Annual administration report of the Civil Veterinary Department of India - 1897-1898
Year: 1897
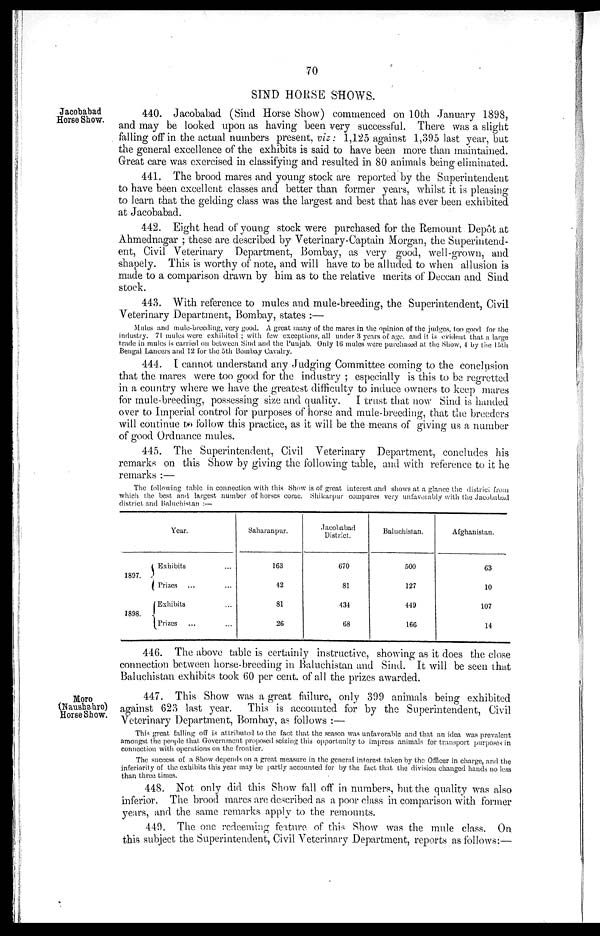
70
SIND HORSE SHOWS.
Jacobabad
Horse Show.
440. Jacobabad (Sind Horse Show) commenced on 10th January 1898,
and may be looked upon as having been very successful. There was a slight
falling off in the actual numbers present, viz: 1,125 against 1,395 last year, but
the general excellence of the exhibits is said to have been more than maintained.
Great care was exercised in classifying and resulted in 80 animals being eliminated.
441. The brood mares and young stock are reported by the Superintendent
to have been excellent classes and better than former years, whilst it is pleasing
to learn that the gelding class was the largest and best that has ever been exhibited
at Jacobabad.
442. Eight head of young stock were purchased for the Remount Depôt at
Ahmednagar; these are described by Veterinary-Captain Morgan, the Superintend-
ent, Civil Veterinary Department, Bombay, as very good, well-grown, and
shapely. This is worthy of note, and will have to be alluded to when allusion is
made to a comparison drawn by him as to the relative merits of Deccan and Sind
stock.
443. With reference to mules and mule-breeding, the Superintendent, Civil
Veterinary Department, Bombay, states:—
Mules and mule-breeding, very good. A great many of the mares in the opinion of the judges, too good for the
industry. 71 mules were exhibited; with few exceptions, all under 3 years of age. and it is evident that a large
trade in mules is carried on between Sind and the Punjab. Only 16 mules were purchased at the Show, 4 by the 15th
Bengal Lancers and 12 for the 5th Bombay Cavalry.
444. I cannot understand any Judging Committee coming to the conclusion
that the mares were too good for the industry ; especially is this to be regretted
in a country where we have the greatest difficulty to induce owners to keep mares
for mule-breeding, possessing size and quality.
I trust that now Sind is handed
over to Imperial control for purposes of horse and mule-breeding, that the breeders
will continue to follow this practice, as it will be the means of giving us a number
of good Ordnance mules.
445. The Superintendent, Civil Veterinary Department, concludes his
remarks on this Show by giving the following table, and with reference to it he
remarks:—
The following table in connection with this Show is of great interest and shows at a glance the district from
which the best and largest number of horses come. Shikarpur compares very unfavorably with the Jacobabad
district and Baluchistan:—
1897.
1898.
Year.
Exhibits ...
Prizes ... ...
Exhibits ...
Prizes ... ...
Saharanpur.
163
42
81
26
Jacobabad
District.
670
81
434
68
Baluchistan.
500
127
449
166
Afghanistan.
63
10
107
14
446. The above table is certainly instructive, showing as it does the close
connection between horse-breeding in Baluchistan and Sind. It will be seen that
Baluchistan exhibits took 60 per cent. of all the prizes awarded.
Moro
(Naushahro)
Horse Show.
447. This Show was a great failure, only 399 animals being exhibited
against 623 last year.
This is accounted for by the Superintendent, Civil
Veterinary Department, Bombay, as follows:—
This great falling off is attributed to the fact that the season was unfavorable and that an idea was prevalent
amongst the people that Government proposed seizing this opportunity to impress animals for transport purposes in
connection with operations on the frontier.
The success of a Show depends on a great measure in the general interest taken by the Officer in charge, and the
inferiority of the exhibits this year may be partly accounted for by the fact that the division changed hands no less
than three times.
448. Not only did this Show fall off in numbers, but the quality was also
inferior. The brood mares are described as a poor class in comparison with former
years, and the same remarks apply to the remounts.
449. The one redeeming feature of this Show was the mule class. On
this subject the Superintendent, Civil Veterinary Department, reports as follows:—